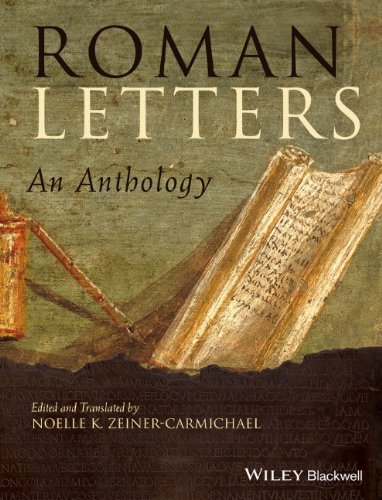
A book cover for Roman Letters: An Anthology; Noelle K. Zeiner-Carmichael; Literature & Fiction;